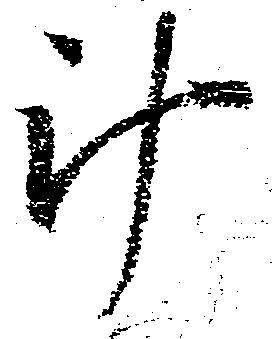
斗